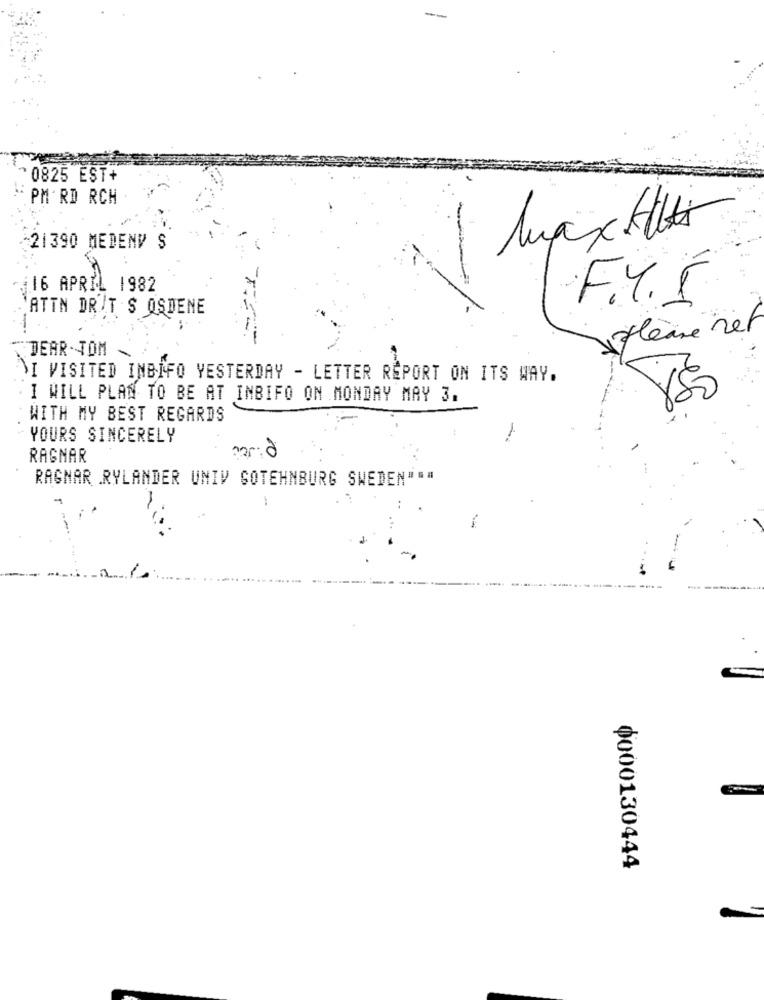
0825 EST+
PM RD RCH
21390 MEDEND S
116 APRIL 1982
F.4.5
ATTN DR'T'S OSDENE
èiseret
DEAR . TOM
SI VISITED INBIFO YESTERDAY - LETTER REPORT ON ITS WAY.
I WILL PLAN TO BE AT INBIFO ON MONDAY MAY 3.
WITH MY BEST REGARDS
YOURS SINCERELY
00
RAGNAR
RAGNAR RYLANDER UNIV SOTEHNBURG SWEDEN"="
Ф000130444